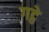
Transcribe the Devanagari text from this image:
गट्ठे